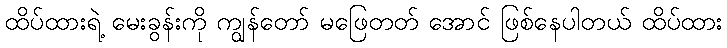
ထိပ်ထားရဲ့ မေးခွန်းကို ကျွန်တော် မဖြေတတ် အောင် ဖြစ်နေပါတယ် ထိပ်ထား